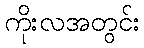
ကိုးလအတွင်း